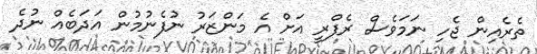
ތެރެއިން ޖެހި ނަމަވެސް ރެފްރީ އަށް އެ މަންޒަރު ނުފެނުމުން އަދަބެއް ނުދެ